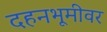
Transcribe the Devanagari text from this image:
दहनभूमीवर